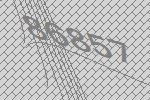
86857